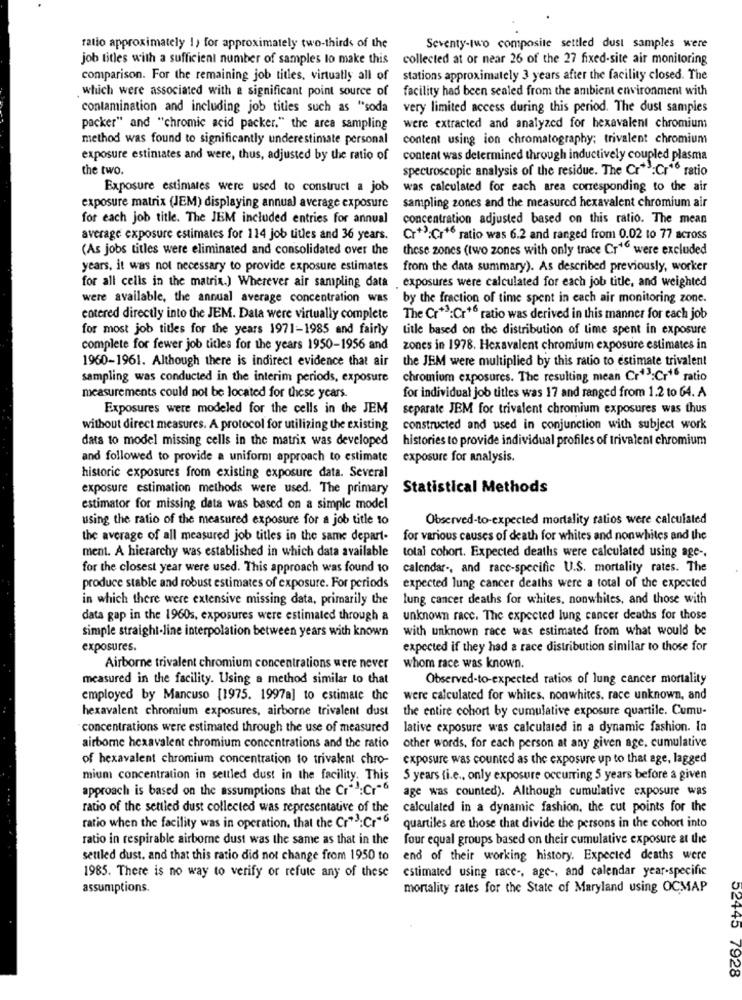
ratio approximately 1) for approximately two-thirds of the
Seventy-two composite settled dust samples were
job titles with a sufficient number of samples lo make this collected at or near 26 of the 27 fixed-site air monitoring
comparison. For the remaining job titles, virtually all of
stations approximately 3 years after the facility closed. The
which were associated with a significant point source of
facility had been sealed from the ambient environment with
contamination and including job titles such as "soda
very limited access during this period. The dust samples
packer" and "chromic acid packer." the area sampling
were extracted and analyzed for hexavalent chromium
method was found to significantly underestimate personal
content using ion chromatography; trivalent chromium
exposure estiniates and were, thus, adjusted by the ratio of
content was determined through inductively coupled plasma
the two.
spectroscopic analysis of the residue. The Cr *: Cr"6 ratio
Exposure estimates were used to construct a job
was calculated for each area corresponding to the air
exposure matrix (JEM) displaying annual average exposure
sampling zones and the measured hexavalent chromium air
for each job title. The JEM included entries for annual
concentration adjusted based on this ratio. The mean
average exposure estimates for 114 job titles and 36 years.
Cr+3:Cr16 ratio was 6.2 and ranged from 0.02 to 77 across
(As jobs titles were eliminated and consolidated over the
these zones (two zones with only trace Cr16 were excluded
years, it was not necessary to provide exposure estimates
from the data summary). As described previously, worker
for all cells in the matrix.) Wherever air sampling data
exposures were calculated for each job title, and weighted
were available, the annual average concentration was
by the fraction of time spent in each air monitoring zone.
cotered directly into the JEM. Data were virtually complete
The Cr+3:Cr"6 ratio was derived in this manner for cach job
for most job titles for the years 1971-1985 and fairly
title based on the distribution of time spent in exposure
complete for fewer job titles for the years 1950-1956 and
zones in 1978. Hexavalent chromium exposure estimates in
1960-1961. Although there is indirect evidence that air
the JEM were multiplied by this ratio to estimate trivalent
sampling was conducted in the interim periods, exposure
chromium exposures. The resulting mean Cr13:Cr16 ratio
measurements could not be located for these years.
for individual job titles was 17 and ranged from 1.2 to 64. A
Exposures were modeled for the cells in the JEM
separate JEM for trivalent chromium exposures was thus
without direct measures. A protocol for utilizing the existing
constructed and used in conjunction with subject work
data to model missing cells in the matrix was developed
histories to provide individual profiles of trivalent chromium
and followed to provide a uniformi approach to estimate
exposure for analysis.
historic exposures from existing exposure data. Several
exposure estimation methods were used. The primary
Statistical Methods
estimator for missing data was based on a simple model
using the ratio of the measured exposure for a job title to
Observed-to-expected mortality ratios were calculated
the average of all measured job titles in the same depart-
for various causes of death for whites and nonwhites and the
ment. A hierarchy was established in which data available
total cohort. Expected deaths were calculated using age -.
for the closest year were used. This approach was found to calendar -, and race-specific U.S. mortality rates. The
produce stable and robust estimates of exposure. For periods
expected lung cancer deaths were a total of the expected
in which there were extensive missing data, primarily the
lung cancer deaths for whites, nonwhites, and those with
data gap in the 1960s, exposures were estimated through a
unknown racc. The expected lung cancer deaths for those
simple straight-line interpolation between years with known
with unknown race was estimated from what would be
exposures.
expected if they had a race distribution similar to those for
Airborne trivalent chromium concentrations were never
whom race was known.
measured in the facility. Using a method similar to that
Observed-to-expected ratios of lung cancer mortality
employed by Mancuso [1975. 1997a] to estimate the
were calculated for whites, nonwhites. race unknown, and
hexavalent chromium exposures, airborne trivalent dust
the entire cohort by cumulative exposure quartile. Cumu-
concentrations were estimated through the use of measured
lative exposure was calculated in a dynamic fashion. In
airborne hexavalent chromium concentrations and the ratio
other words, for each person at any given age, cumulative
of hexavalent chromium concentration to trivalent chro-
exposure was counted as the exposure up to that age, lagged
mium concentration in settled dust in the facility. This
5 years (i.e ., only exposure occurring 5 years before a given
approach is based on the assumptions that the Cr-3:Cr-6
age was counted). Although cumulative exposure was
ratio of the settled dust collected was representative of the
calculated in a dynamic fashion, the cut points for the
ratio when the facility was in operation. that the Cr"3:Cr"6
quartiles are those that divide the persons in the cohort into
ratio in respirable airborne dust was the same as that in the
four equal groups based on their cumulative exposure at the
settled dust. and that this ratio did not change from 1950 to
end of their working history. Expected deaths were
estimated using race -, age -, and calendar year-specific
1985. There is no way to verify or refute any of these
assumptions.
mortality rates for the State of Maryland using OCMAP
52445 7928